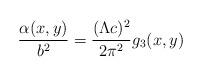
\begin{align*}\frac{\alpha(x,y)}{b^2}=\frac{(\Lambda c)^2}{2\pi^2}g_3(x,y)\end{align*}